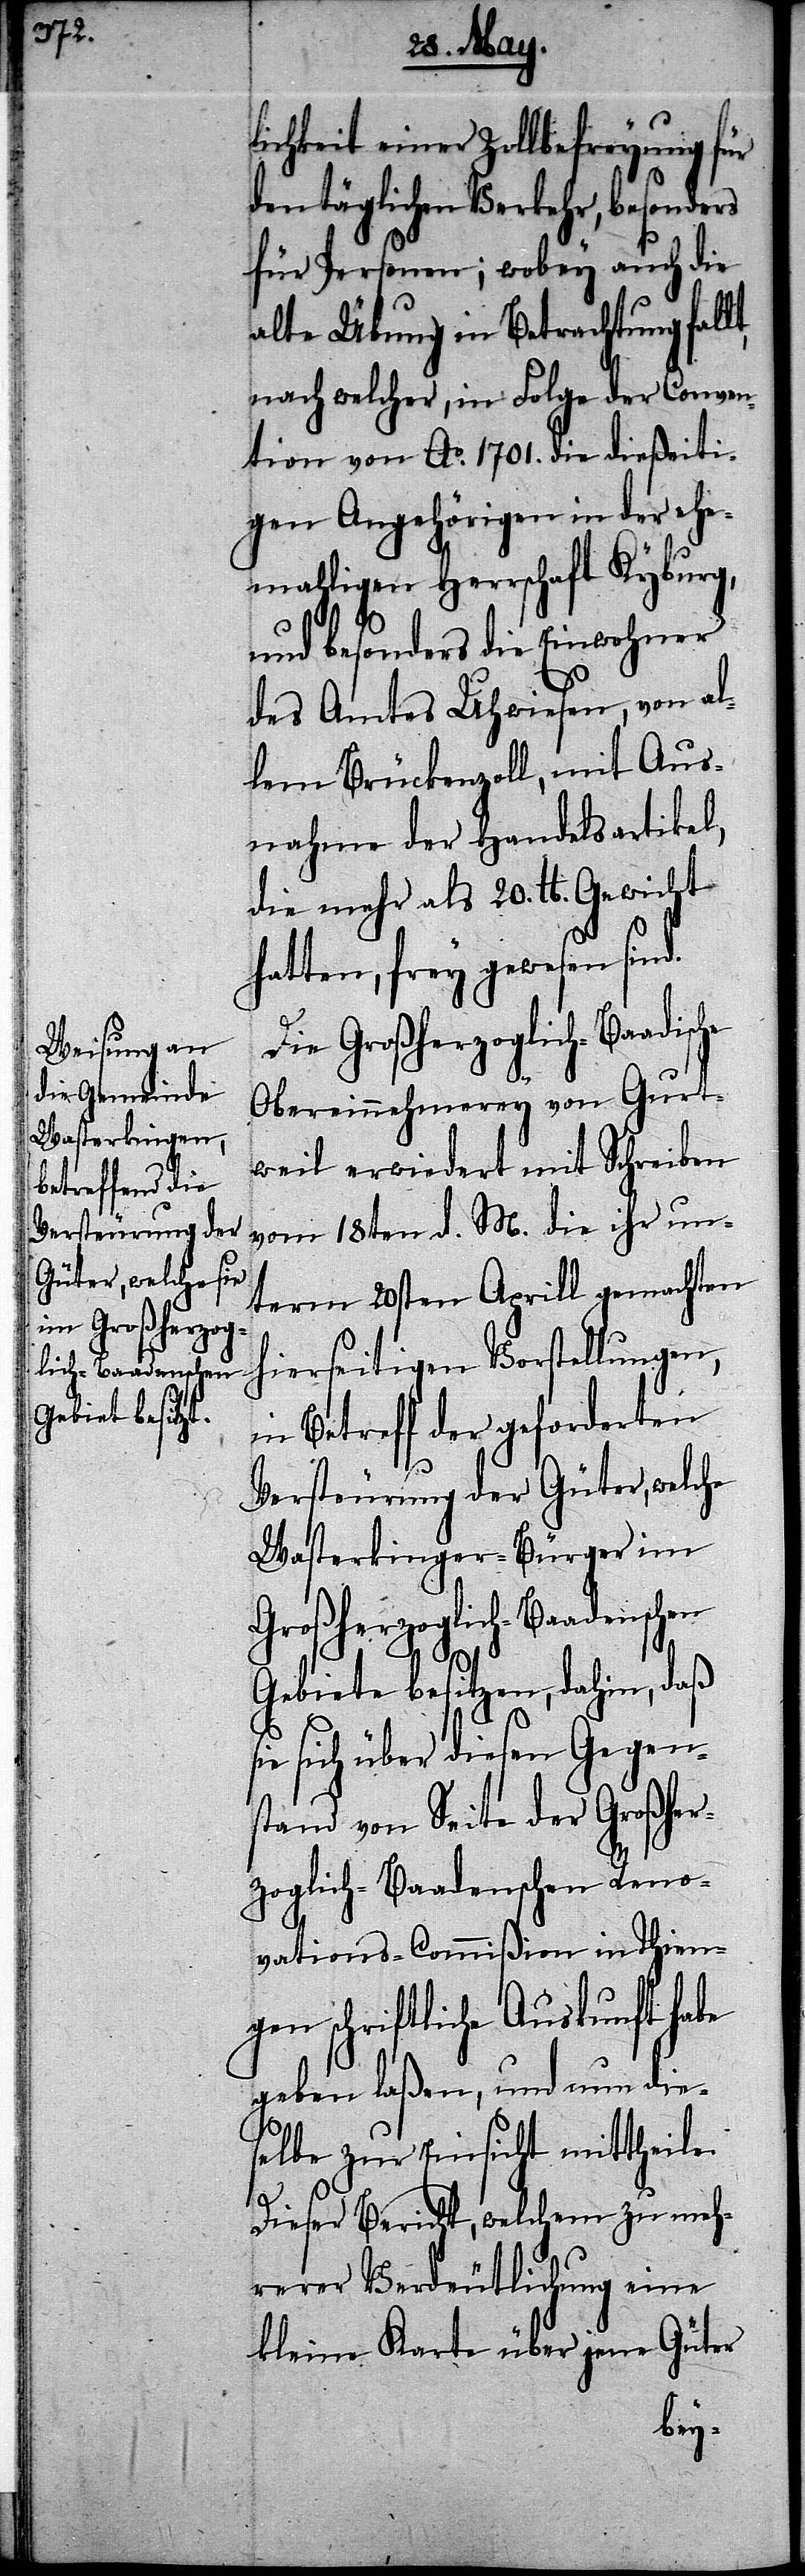
lichkeit einer Zollbefreyung für
den täglichen Verkehr, besonders
für Personen; wobey auch die
alte Übung in Betrachtung fall¬
nach welcher, in Folge der Conven¬
tion von Ao. 1701. die dießeiti¬
gen Angehörigen in der ehe¬
mahligen Herrschaft Kyburg,
und besonders die Einwohner
des Amtes Uhwiesen, von al¬
lem Brückenzoll, mit Aus¬
nahme der Handelsartikel,
die mehr als 20. lb. Gewicht
hatten, frey gewesen sind.
Obereinnehmerey von Gurt¬
weil erwiedert mit Schreiben
vom 18ten d. M. die ihr un¬
term 20sten Aprill gemachten
hierseitigen Vorstellungen,
in Betreff der geforderten
Versteurung der Güter, welche
Wasterkinger-Bürger im
Großherzoglich-Baadenschen
si¬
Gebiete besitzen, dahin, daß
e sich über diesen Gegen¬
stand von Seite der Großher¬
zoglich-Baadenschen Reno¬
vations-Commißion in Thien¬
gen schriftliche Auskunft habe
geben laßen, und nun die¬
selbe zur Einsicht mittheile.
t,
Dieser Bericht, welchem zu meh¬
rerer Verdeutlichung eine
kleine Karte über jene Güter